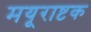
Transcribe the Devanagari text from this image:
मयूराष्टक